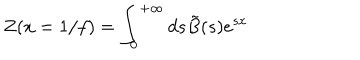
LaTeX: Z ( x = 1 / f ) = \int _ { 0 } ^ { + \infty } d s \tilde { B } ( s ) e ^ { s x }